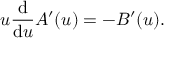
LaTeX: u \frac { \mathrm { d } } { \mathrm { d } u } A ^ { \prime } ( u ) = - B ^ { \prime } ( u ) .